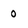
Character: 0